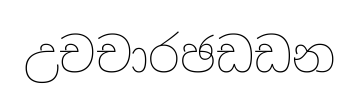
උචචාරඡඩඩන